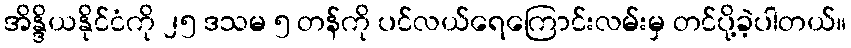
အိန္ဒိယနိုင်ငံကို ၂၅ ဒသမ ၅ တန်ကို ပင်လယ်ရေကြောင်းလမ်းမှ တင်ပို့ခဲ့ပါတယ်။